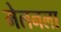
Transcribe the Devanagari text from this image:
मेलनला